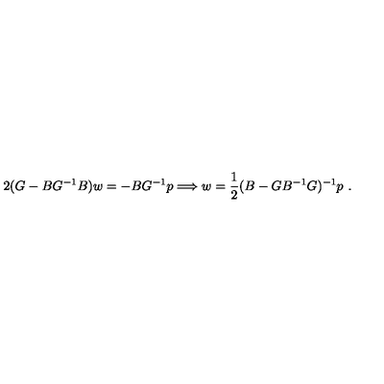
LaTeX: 2 ( G - B G ^ { - 1 } B ) w = - B G ^ { - 1 } p \Longrightarrow w = \frac { 1 } { 2 } ( B - G B ^ { - 1 } G ) ^ { - 1 } p \ .